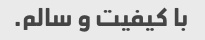
با کیفیت و سالم.